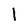
Character: 1